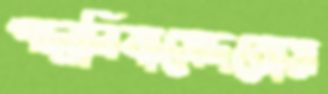
পদ্মনিবাসেদরোয়